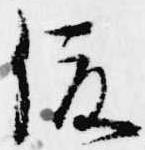
俊